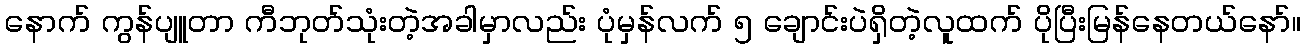
နောက် ကွန်ပျူတာ ကီဘုတ်သုံးတဲ့အခါမှာလည်း ပုံမှန်လက် ၅ ချောင်းပဲရှိတဲ့လူထက် ပိုပြီးမြန်နေတယ်နော်။